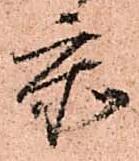
忝